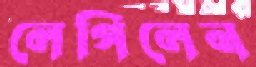
লেপিলেন